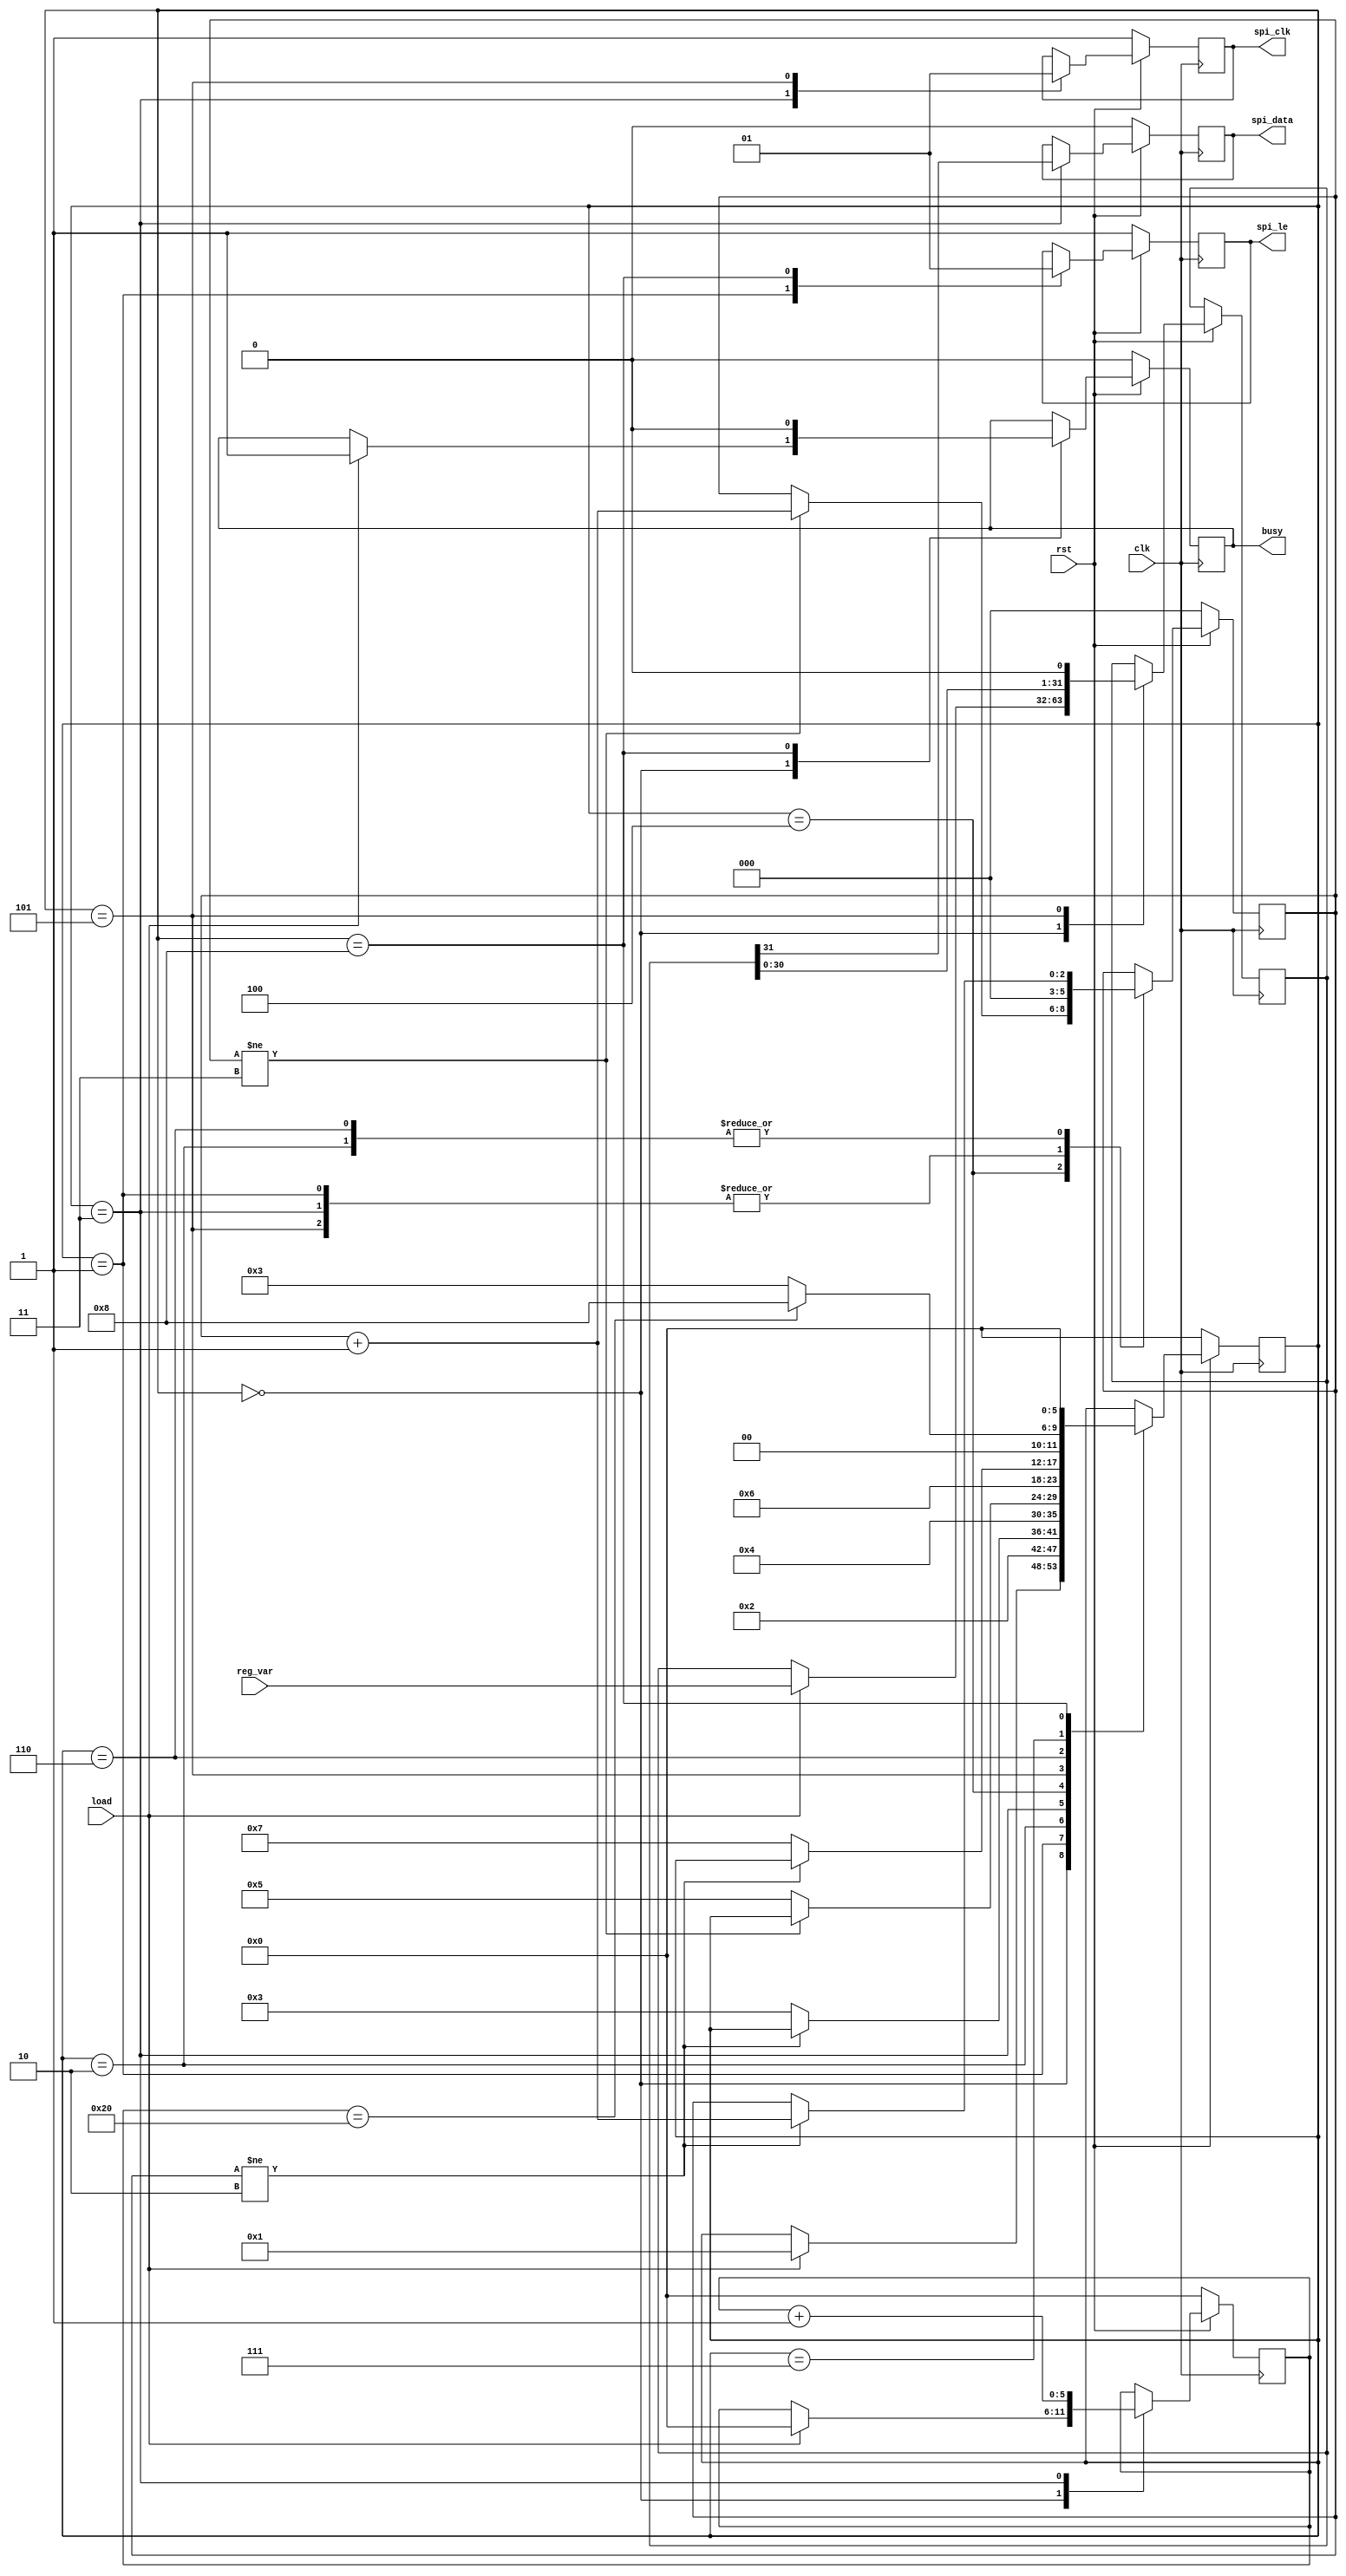
`timescale 1ns / 1ps

module adf4159_spi
(
	input clk,
	input rst,
	
	input load,
	input [31:0] reg_var,
	
	output reg spi_clk,
	output reg spi_data,
	output reg spi_le,
	
	output reg busy
);
	localparam [5:0] load_bit_num = 32;

	reg [5:0] fsm_state = 0; 
	reg [5:0] load_bit_count = 6'd0;
	reg [load_bit_num-1:0] reg_var_temp;
	reg [2:0] delay_count = 0;
	
	always @ (negedge clk) begin
		if(!rst) begin
			spi_clk <= 1'b1;
			spi_data <= 1'b0;
			spi_le <= 1'b1;
			load_bit_count <= 6'd0;
			busy <= 1'b0;
			delay_count <= 0;
			fsm_state <= 0;
		end
		else begin
			case(fsm_state)
				0 : begin
					if(load) begin
						reg_var_temp <= reg_var;
						load_bit_count <= 6'd0;	
						busy <= 1'b1;
						fsm_state <= 1;
					end
				end
				1 : begin
					spi_le <= 1'b0;
					delay_count <= 0;
					fsm_state <= 2;
				end
				2 : begin
					if(delay_count != 2)
						delay_count <= delay_count + 1;
					else fsm_state <= 3;
				end
				3 : begin
					spi_data <= reg_var_temp[31];
					spi_clk <= 1'b0;
					load_bit_count <= load_bit_count + 1;
					delay_count <= 0;
					fsm_state <= 4;
				end
				4 : begin
					if(delay_count != 3)
						delay_count <= delay_count + 1;
					else fsm_state <= 5;
				end
				5 : begin
					reg_var_temp = {reg_var_temp[30:0],1'b0};
					spi_clk <= 1'b1;
					delay_count <= 0;
					fsm_state <= 6;
				end
				6: begin
					if(delay_count != 2)
						delay_count <= delay_count + 1;
					else fsm_state <= 7;
				end
				7 : begin
					if(load_bit_count == load_bit_num)
						fsm_state <= 8;
					else fsm_state <= 3;
				end
				8 : begin
					spi_le <= 1'b1;
					busy <= 1'b0;
					fsm_state <= 0;
				end
			endcase		
		end
	end

endmodule